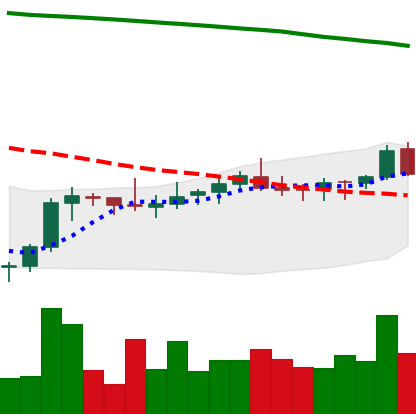
Ticker: XLM-USD
Chart end date: 2021-08-08
Forward return: 25.318%
Label: up_7plus